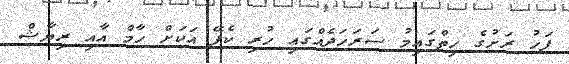
ފަހު ރަށުގެ ހިތްގައިމު ސަރަހަދެއްގައި ހުރި ކެފޭ އަކަށް ހާމް އާއި ރިޔާޝް